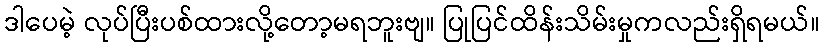
ဒါပေမဲ့ လုပ်ပြီးပစ်ထားလို့တော့မရဘူးဗျ။ ပြုပြင်ထိန်းသိမ်းမှုကလည်းရှိရမယ်။